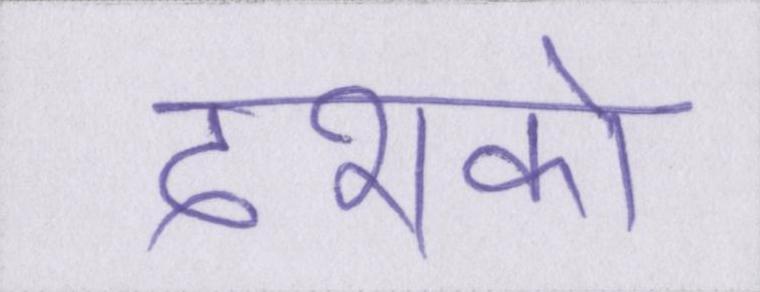
दशको